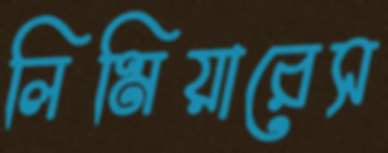
লিমিয়ারেস